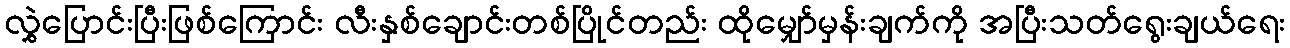
လွှဲပြောင်းပြီးဖြစ်ကြောင်း လီးနှစ်ချောင်းတစ်ပြိုင်တည်း ထိုမျှော်မှန်းချက်ကို အပြီးသတ်ရွေးချယ်ရေး